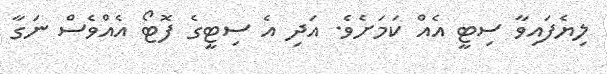
ލިޔެފައިވާ ސިޓީ އެއް ކަމަށެވެ. އަދި އެ ސިޓީގެ ފޮޓޯ އެއްވެސް ނަގާ